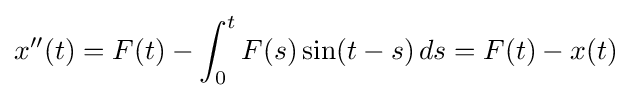
x''(t)=F(t)-\int _{0}^{t}F(s)\sin(t-s)\,ds=F(t)-x(t)